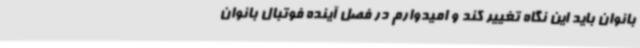
بانوان باید این نگاه تغییر کند و امیدوارم در فصل آینده فوتبال بانوان